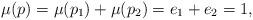
LaTeX: \begin{align*}\mu (p) = \mu (p_1) + \mu (p_2) = e_1 + e_2 = 1,\end{align*}